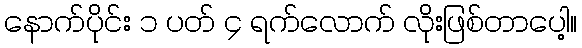
နောက်ပိုင်း ၁ ပတ် ၄ ရက်လောက် လိုးဖြစ်တာပေါ့။